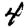
Digit: 4